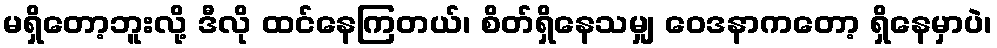
မရှိတော့ဘူးလို့ ဒီလို ထင်နေကြတယ်၊ စိတ်ရှိနေသမျှ ဝေဒနာကတော့ ရှိနေမှာပဲ၊